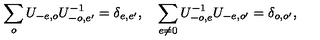
\sum _ { o } U _ { - e , o } U _ { - o , e ^ { \prime } } ^ { - 1 } = \delta _ { e , e ^ { \prime } } , \quad \sum _ { e \neq 0 } U _ { - o , e } ^ { - 1 } U _ { - e , o ^ { \prime } } = \delta _ { o , o ^ { \prime } } ,